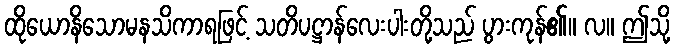
ထိုယောနိသောမနသိကာရဖြင့် သတိပဋ္ဌာန်လေးပါးတို့သည် ပွားကုန်၏။ လ။ ဤသို့